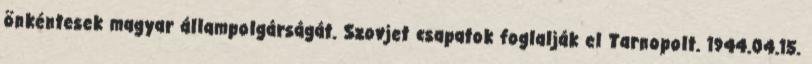
önkéntesek magyar állampolgárságát. Szovjet csapatok foglalják el Tarnopolt. 1944.04.15.